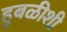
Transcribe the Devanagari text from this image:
हुबळीशी